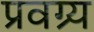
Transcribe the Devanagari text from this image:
प्रवग्र्य